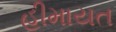
હીમાયત